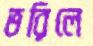
ভরিলে